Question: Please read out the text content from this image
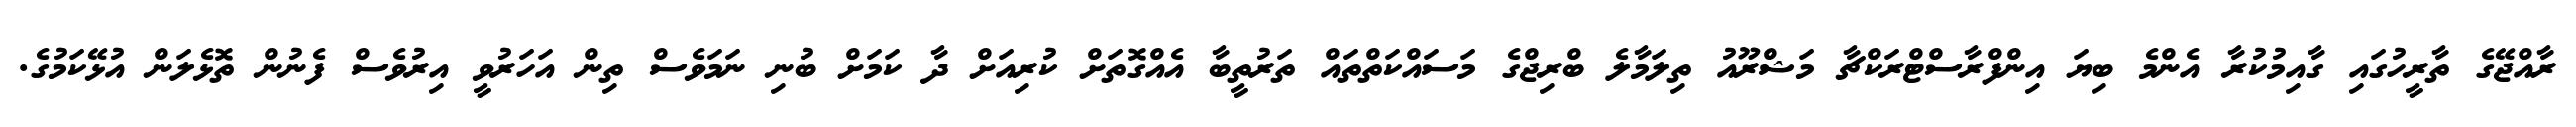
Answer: ރާއްޖޭގެ ތާރީހުގައި ގާއިމުކުރާ އެންމެ ބިޔަ އިންފްރާސްޓްރަކްޗާ މަޝްރޫއު ތިލަމާލެ ބްރިޖްގެ މަސައްކަތްތައް ތަރުތީބާ އެއްގޮތަށް ކުރިއަށް ދާ ކަމަށް ބުނި ނަމަވެސް ތިން އަހަރުވީ އިރުވެސް ފެނުން ތޮޅެލަން އުޅޭކަމުގެ.